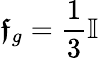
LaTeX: \boldsymbol{\mathfrak{f}}_{g}=\frac{1}{3}\mathbb{I}